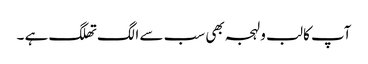
آپ کا لب و لہجہ بھی سب سے الگ تھلگ ہے ۔